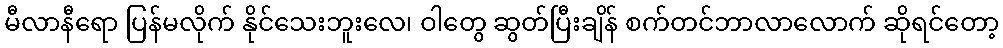
မီလာနီရော ပြန်မလိုက် နိုင်သေးဘူးလေ၊ ဝါတွေ ဆွတ်ပြီးချိန် စက်တင်ဘာလာလောက် ဆိုရင်တော့